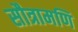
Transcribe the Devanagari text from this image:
सौत्रामणि